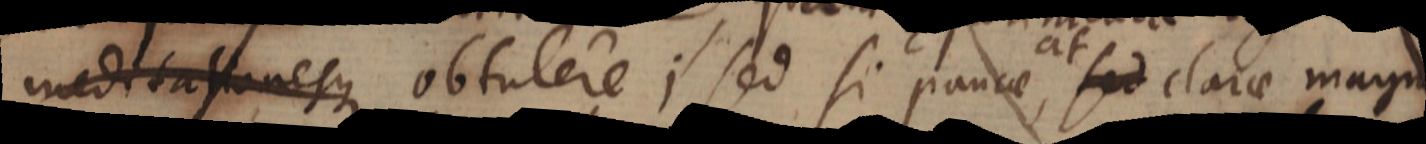
meditationesque obtulere; sed si paucae, at sed clarae magnaeque